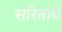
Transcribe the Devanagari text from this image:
सरितायें